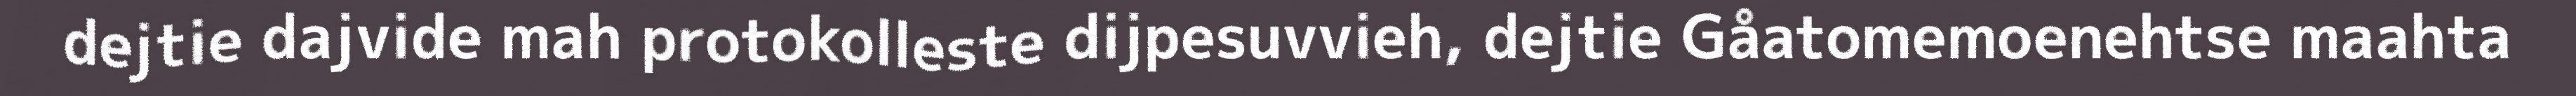
dejtie dajvide mah protokolleste dijpesuvvieh, dejtie Gåatomemoenehtse maahta